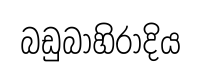
බඩුබාහිරාදිය